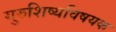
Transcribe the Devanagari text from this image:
गुरुशिष्यविषयक